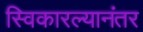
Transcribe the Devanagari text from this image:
स्विकारल्यानंतर